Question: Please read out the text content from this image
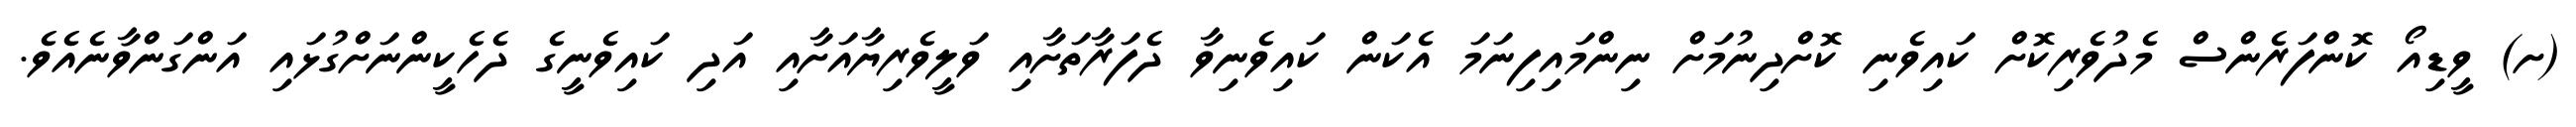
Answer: (ށ) ވީޑިއޯ ކޮންފަރެންސް މެދުވެރިކޮށް ކައިވެނި ކޮށްދިނުމަށް ނިންމައިފިނަމަ އެކަން ކައިވެނިވާ ދެފަރާތަށާއި ވަލީވެރިޔާއަށާއި އަދި ކައިވެނީގެ ދެހެކީންނަށްގުޅައި އަންގަންވާނެއެވެ.